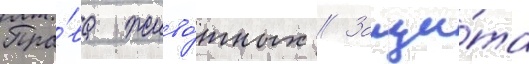
Пра́ва живо́тных // Защи́та